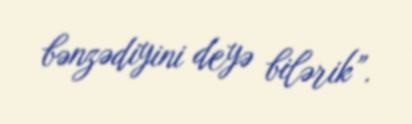
bənzədiyini deyə bilərik”.